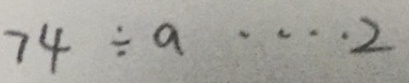
7 4 \div a \cdots 2